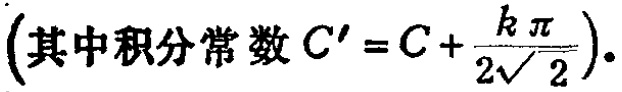
(其中积分常数 \(C' = C+\frac{k\pi}{2\sqrt{2}}\)).